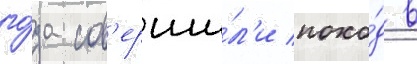
го́да сов'ерши́л'и похо́д в